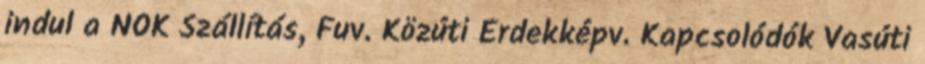
indul a NOK Szállítás, Fuv. Közúti Érdekképv. Kapcsolódók Vasúti